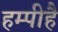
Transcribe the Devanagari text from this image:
हम्पीहै